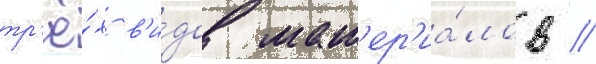
тр'ё́х в'и́дов мат'ер'иа́лов //